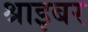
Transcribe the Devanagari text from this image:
श्राइबर